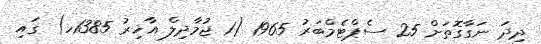
ދިދަ ނަގާގޮތަށް 25 ސެޕްޓެމްބަރު 1965 (1 ޖުމާދިލް އާޚިރު 1385ހ) ގައި